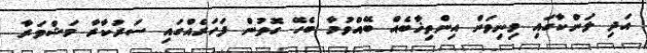
އަދި ލަންކާގައި މިނިވަން އިންތިޚާބެއް ބޭއްވުމާ ބެހޭ ގޮތުން ފަހަރެއްގައި ސަރުކާރާ މަޝްވަރާ